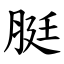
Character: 脡